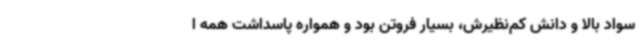
سواد بالا و دانش کم‌نظیرش، بسیار فروتن بود و همواره پاسداشت همه ا